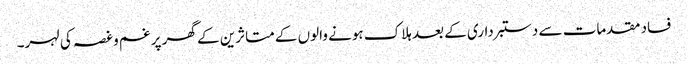
فساد مقدمات سے دستبرداری کے بعد ہلاک ہونے والوں کے متاثرین کے گھر پر غم وغصہ کی لہر۔